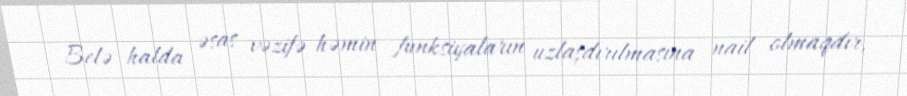
Belə halda əsas vəzifə həmin funksiyaların uzlaşdırılmasına nail olmaqdır,